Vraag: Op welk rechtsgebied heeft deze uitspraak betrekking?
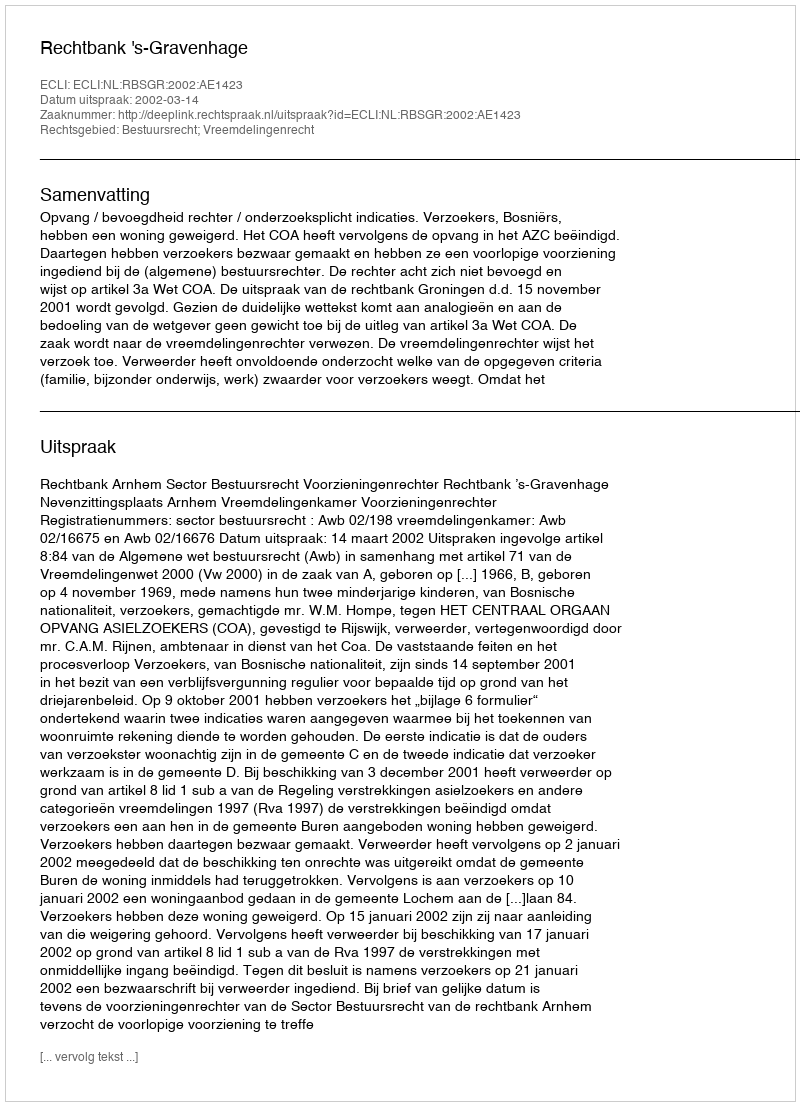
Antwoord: Bestuursrecht; Vreemdelingenrecht